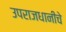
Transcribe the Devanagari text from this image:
उपराजधानीचे